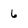
Character: 6